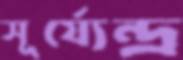
সূর্য্যেন্দ্র